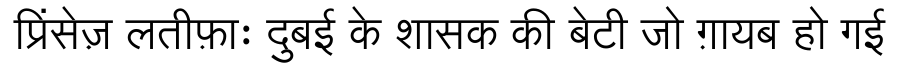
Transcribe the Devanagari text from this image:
प्रिंसेज़ लतीफ़ाः दुबई के शासक की बेटी जो ग़ायब हो गई